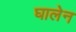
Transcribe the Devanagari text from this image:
घालेन